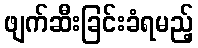
ဖျက်ဆီးခြင်းခံရမည့်